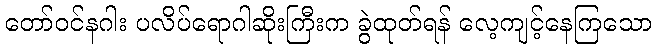
တော်ဝင်နဂါး ပလိပ်ရောဂါဆိုးကြီးက ခွဲထုတ်ရန် လေ့ကျင့်နေကြသော